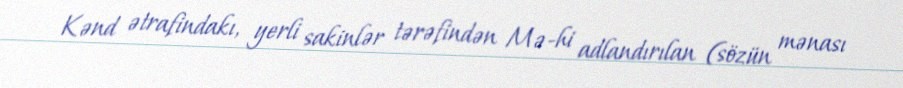
Kənd ətrafindakı, yerli sakinlər tərəfindən Mə-hi adlandırılan (sözün mənası